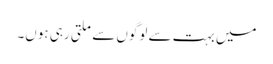
میں بہت سے لوگوں سے ملتی رہی ہوں۔